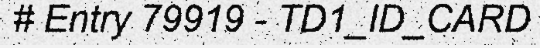
# Entry 79919 - TD1_ID_CARD